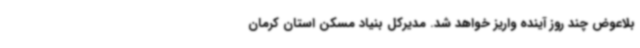
بلاعوض چند روز آینده واریز خواهد شد. مدیرکل بنیاد مسکن استان کرمان